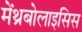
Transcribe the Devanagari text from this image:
मेंथ्रंबोलाइसिस